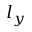
l _ { y }